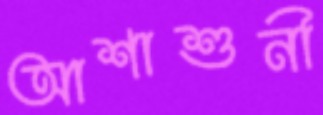
আশাশুনী